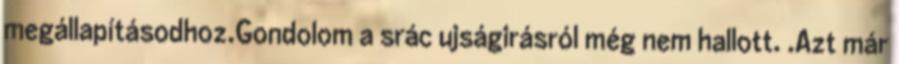
megállapí­tásodhoz.Gondolom a srác ujságirásról még nem hallott. .Azt már